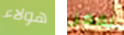
هولاء نقفز